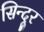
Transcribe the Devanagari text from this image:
सिन्‍दूर